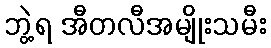
ဘွဲ့ရ အီတလီအမျိုးသမီး